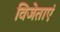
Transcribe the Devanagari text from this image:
विजेताएं